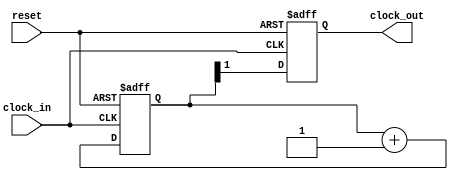
module clock_divider (
  input clock_in,
  input reset,
  output reg clock_out
);

reg [1:0] count;

always@(posedge clock_in or posedge reset) begin
  if(reset) begin
    count <= 2'b00;
  end else begin
    count <= count + 1'b1;
  end
end

always@(posedge clock_in or posedge reset) begin
  if(reset) begin
    clock_out <= 1'b0;
  end else begin
    clock_out <= count[1];
  end
end

endmodule